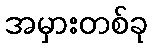
အမှားတစ်ခု